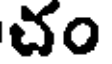
చం